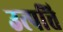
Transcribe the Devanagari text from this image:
उत्‍पत्ति